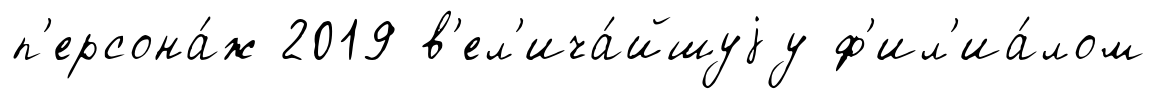
п'ерсона́ж 2019 в'ел'ича́йшуjу ф'ил'иа́лом